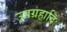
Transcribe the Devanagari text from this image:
उपग्रहादि